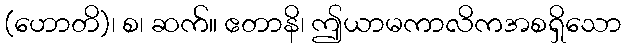
(ဟောတိ)၊ စ၊ ဆက်။ ဧတာနိ၊ ဤယာမကာလိကအစရှိသော